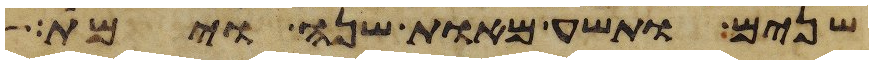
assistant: שנים ותשע מאות שנה וימת